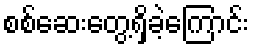
စစ်ဆေးတွေ့ရှိခဲ့ကြောင်း